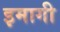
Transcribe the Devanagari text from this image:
इमागी